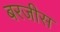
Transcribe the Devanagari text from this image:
बरजीस